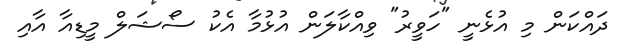
ދައްކަން މި އުޅެނީ "ހަވީރު" ވިއްކާލަން އުޅުމާ އެކު ސޯޝަލް މީޑިއާ އާއި